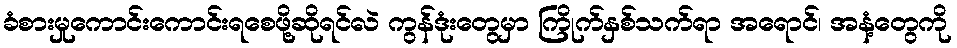
ခံစားမှုကောင်းကောင်းရစေဖို့ဆိုရင်လဲ ကွန်ဒုံးတွေမှာ ကြိုက်နှစ်သက်ရာ အရောင်၊ အနံ့တွေကို